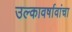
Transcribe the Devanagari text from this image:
उल्कावर्षावांचा